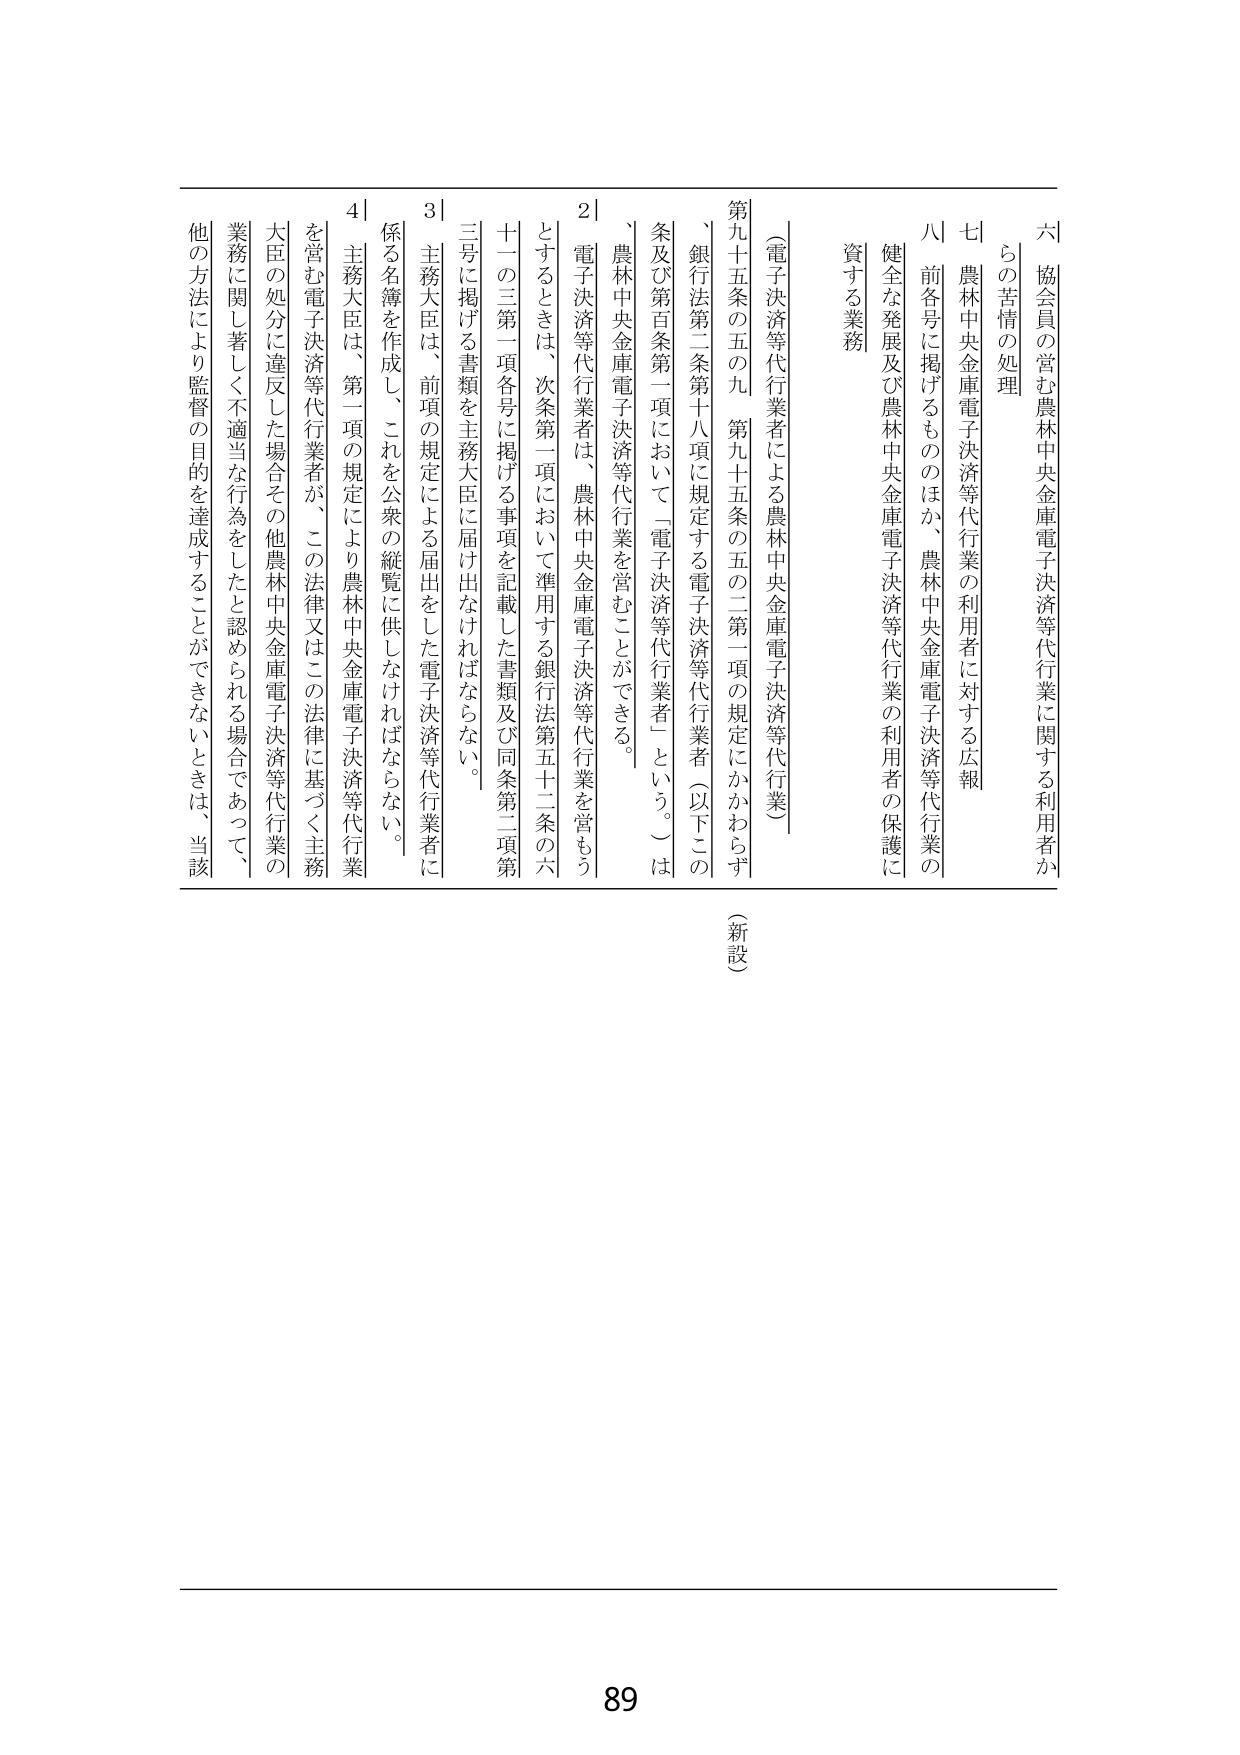
六 協会員の営む農林中央金庫電子決済等代行業に関する利用者からの苦情の処理

七 農林中央金庫電子決済等代行業の利用者に対する広報

八 前各号に掲げるもののほか、農林中央金庫電子決済等代行業の健全な発展及び農林中央金庫電子決済等代行業の利用者の保護に資する業務

（電子決済等代行業者による農林中央金庫電子決済等代行業）

第九十五条の五の九 第九十五条の五の二第一項の規定にかかわらず、銀行法第二条第十八項に規定する電子決済等代行業者（以下この条及び第百条第一項において「電子決済等代行業者」という。）は、農林中央金庫電子決済等代行業を営むことができる。

２ 電子決済等代行業者は、農林中央金庫電子決済等代行業を営もうとするときは、次条第一項において準用する銀行法第五十二条の六十一の三第一項各号に掲げる事項を記載した書類及び同条第二項第三号に掲げる書類を主務大臣に届け出なければならない。

３ 主務大臣は、前項の規定による届出をした電子決済等代行業者に係る名簿を作成し、これを公衆の縦覧に供しなければならない。

４ 主務大臣は、第一項の規定により農林中央金庫電子決済等代行業を営む電子決済等代行業者が、この法律又はこの法律に基づく主務大臣の処分に違反した場合その他農林中央金庫電子決済等代行業の業務に関して著しく不適当な行為をしたと認められる場合であって、他の方法により監督の目的を達成することができないときは、当該

（新設）

89